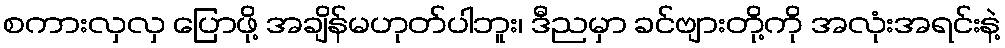
စကားလှလှ ပြောဖို့ အချိန်မဟုတ်ပါဘူး၊ ဒီညမှာ ခင်ဗျားတို့ကို အလုံးအရင်းနဲ့